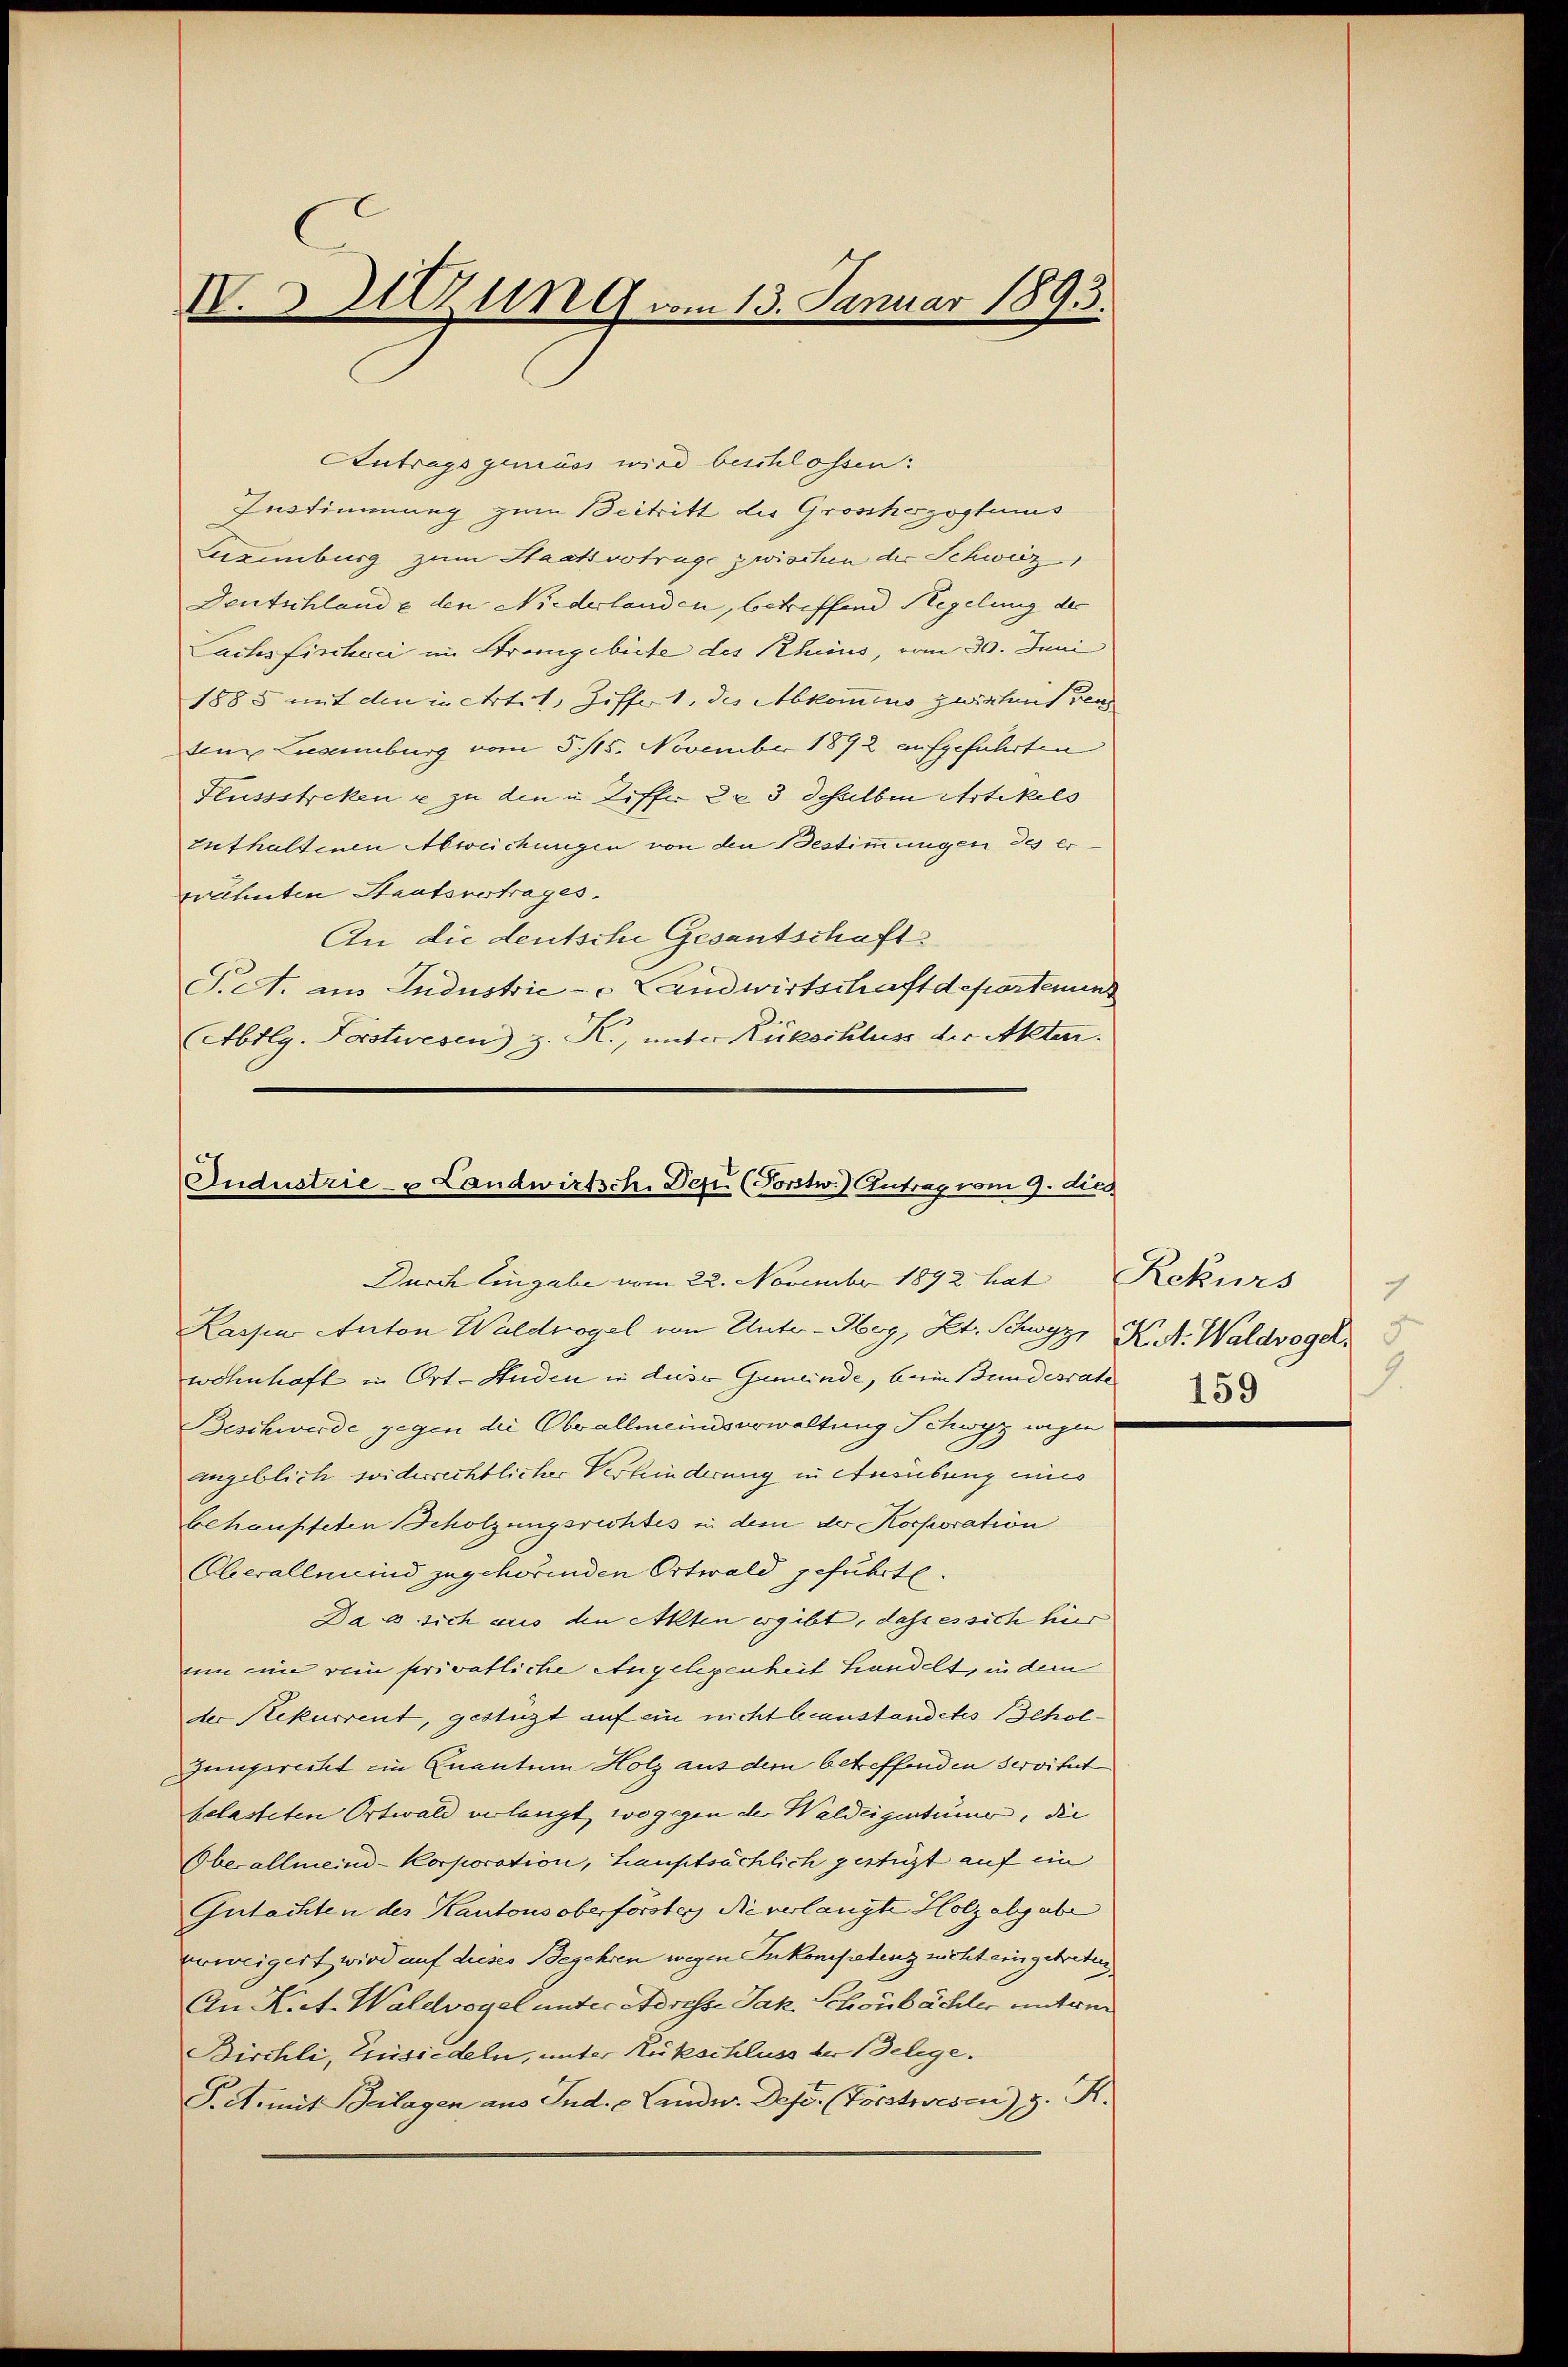
IV. Sitzung vom 13. Januar 1893.

Antrags gemäss wird beschlossen:
Instimmung zum Beitritt die Großherzogtus
Luxenburg zum Staatsvoträge zwischen der Schweiz
Deutschlande den Niederlanden, betreffend Regelung der
Lachs Fischwei im Strangebiete des Rhinis, vom 30. Juni
1885 mit den in ertet, Ziffert, des Abkommens zwinheit ven
ten Lucannburg vom 5. 115. November 1872 aufgefahrten
Flussstreken u zu den u. Ziffer 2 x 3 desselben Artikels
Enthaltenen Abweichungen von den Bestimmungen des erwähnten Staatsvertrages.
An die deutsche Gesantschaft
Pet. aus Industrie - Landwirtschaft departemen
Abtlg. Forstwesen) z. R., unter Rückschluss der Akten.

Industrie- u Landwirtsch. Dez. (Forstw.) Antrag vom 9. dies
Durch Eingabe vom 22. November 1892 hat Rekurs

Kassia Anton Waldvogel von Unter-Heg, Kt. Schwyz, K. A. Waldvogel,
wohnhaft in Ort-Anden in diese Gemeinde, beim Bundesrate
Beschwerde gegen die Oberallmeindserwaltung Schwyz wegli
eingeblich widerrechtlicher Verhinderung in Ausübung eines
behaupteten Schölzungsrichtes in dem der Korporation
Oberallmend zugehörenden Ortwald geführt.
Da es sich aus den Akten ergibt, dass es sich hier
um eine rein privatliche Angelegenheit handelt, in dem
der Rekurrent, gestüzt auf ein nicht beanstandetes Scholzungsrecht ein Quantum Holz aus dem betreffenden Servitut
belasteten Ortwald verlangt, wo gegen der Waldeigentümer, die
Oberallmeind-Korporation, hauptsächlich gestigt auf ein
Gutachten des Kantons oberförster Nieverlangte Holzabgabe
verweigert wird auf dieses Begehren wegen Inkompetenz nicht eingetreten,
An Riet. Waldvogel unter Adresse Jak. Schönbächler unterm
Birchli, Einsiedeln, unter Rükschluss der Belege.
S. Aemit Beilagen aus Ind. - Landw. Depo. (Forstwesen) z. R.

7
1.
159